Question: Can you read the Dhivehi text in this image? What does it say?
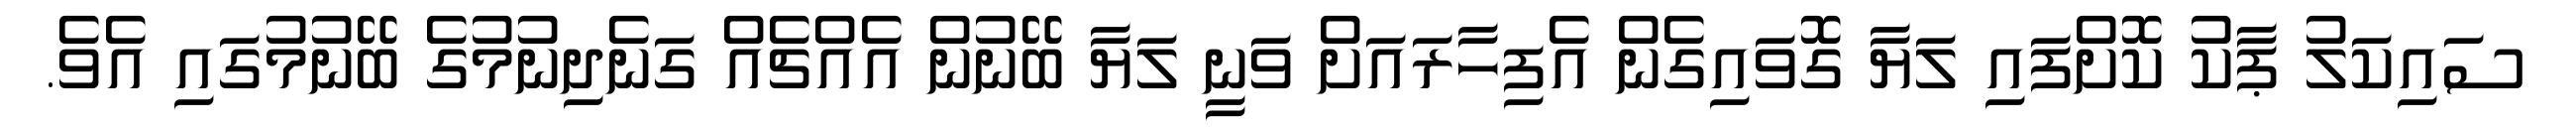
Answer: ސައިކަލު ޕާކު ކޮށްފައި ލަޔާ ގޮވައިގެން އެފިހާރައަށް ވަނީ ލަޔާ ބޭނުން އެއްޗެއް ގަނެދިނުމުގެ ބޭނުމުގައި އެވެ.